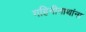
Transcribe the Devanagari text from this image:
गहिनीनाथांना